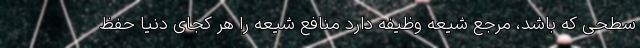
سطحی که باشد، مرجع شیعه وظیفه دارد منافع شیعه را هر کجای دنیا حفظ